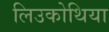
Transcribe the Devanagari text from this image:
लिउकोथिया